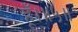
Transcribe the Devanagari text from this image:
हूँ।॥५॥